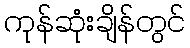
ကုန်ဆုံးချိန်တွင်